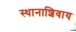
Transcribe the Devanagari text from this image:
स्थानाशिवाय